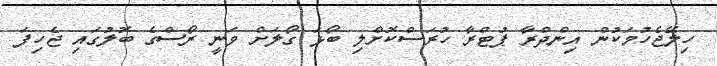
ހިލޭޖެހުމަކުން އިންދްރާ ޕުޓްރާ ހުރަސްކޮށްލި ބޯޅަ ގޯލަށް ވަނީ ރޯސްގެ ބޮލުގައި ޖެހިފަ